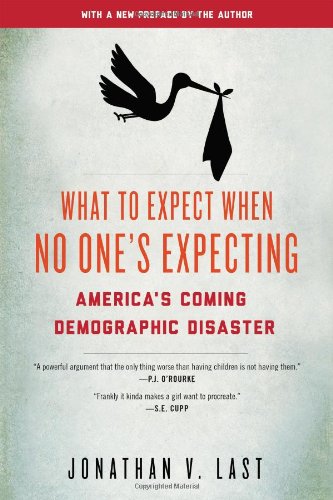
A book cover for What to Expect When No One's Expecting: America's Coming Demographic Disaster; Jonathan V. Last; Politics & Social Sciences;